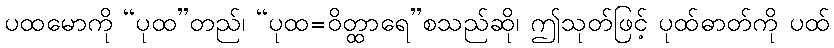
ပထမောကို “ပုထ”တည်၊ “ပုထ=ဝိတ္ထာရေ”စသည်ဆို၊ ဤသုတ်ဖြင့် ပုထ်ဓာတ်ကို ပထ်